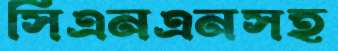
সিএনএনসহ